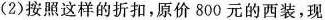
(2)按照这样的折扣，原价8 0 0元的西装，现